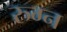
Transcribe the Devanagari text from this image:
रुग्न